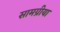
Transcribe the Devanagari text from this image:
सामग्रीया